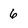
Character: 6